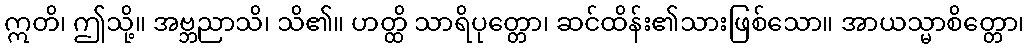
ဣတိ၊ ဤသို့။ အဗ္ဘညာသိ၊ သိ၏။ ဟတ္ထိ သာရိပုတ္တော၊ ဆင်ထိန်း၏သားဖြစ်သော။ အာယသ္မာစိတ္တော၊